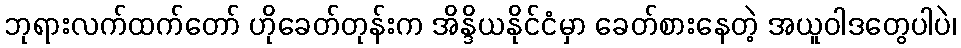
ဘုရားလက်ထက်တော် ဟိုခေတ်တုန်းက အိန္ဒိယနိုင်ငံမှာ ခေတ်စားနေတဲ့ အယူဝါဒတွေပါပဲ၊